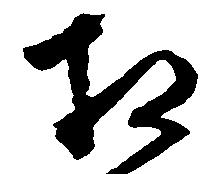
相